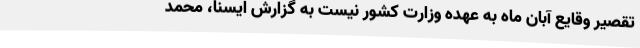
تقصیر وقایع آبان ماه به عهده وزارت کشور نیست به گزارش ایسنا، محمد